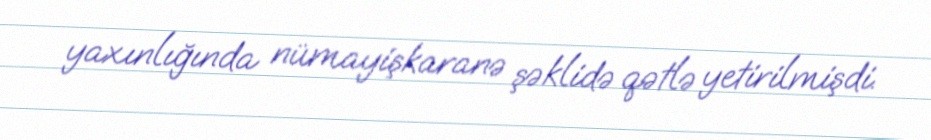
yaxınlığında nümayişkaranə şəklidə qətlə yetirilmişdi.